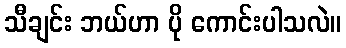
သီချင်း ဘယ်ဟာ ပို ကောင်းပါသလဲ။